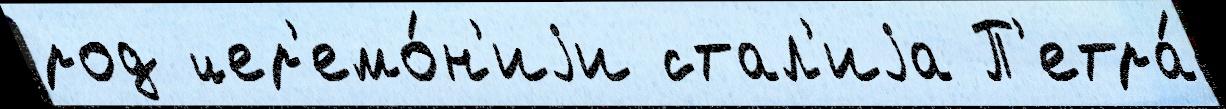
род цер'емо́н'иjи стал'иjа П'етра́